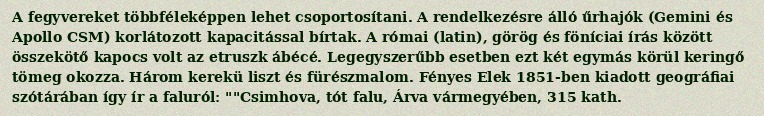
A fegyvereket többféleképpen lehet csoportosítani. A rendelkezésre álló űrhajók (Gemini és Apollo CSM) korlátozott kapacitással bírtak. A római (latin), görög és föníciai írás között összekötő kapocs volt az etruszk ábécé. Legegyszerűbb esetben ezt két egymás körül keringő tömeg okozza. Három kerekü liszt és fürészmalom. Fényes Elek 1851-ben kiadott geográfiai szótárában így ír a faluról: ""Csimhova, tót falu, Árva vármegyében, 315 kath.